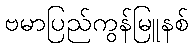
ဗမာပြည်ကွန်မြူနစ်